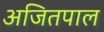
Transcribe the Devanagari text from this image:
अजितपाल